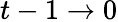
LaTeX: t-1\rightarrow 0